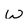
Character: W